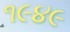
૧૯૪૯